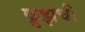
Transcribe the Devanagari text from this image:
क्रुझची